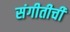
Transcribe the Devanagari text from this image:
संगीतीची